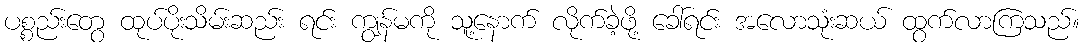
ပစ္စည်းတွေ ထုပ်ပိုးသိမ်းဆည်း ရင်း ကျွန်မကို သူ့နောက် လိုက်ခဲ့ဖို့ ခေါ်ရင်း အလောသုံးဆယ် ထွက်လာကြသည်။